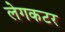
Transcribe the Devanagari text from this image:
लेगकटर